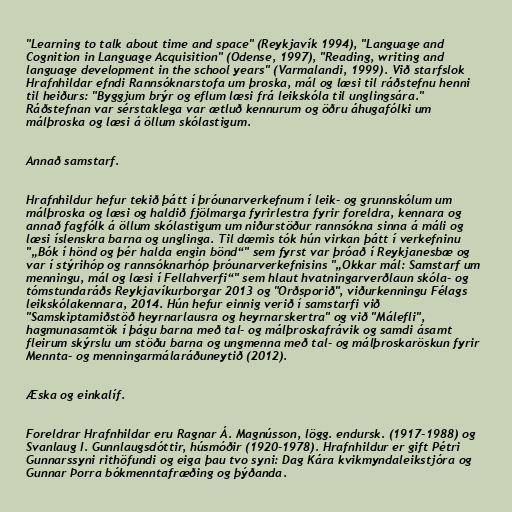
"Learning to talk about time and space" (Reykjavík 1994), "Language and
Cognition in Language Acquisition" (Odense, 1997), "Reading, writing and
language development in the school years" (Varmalandi, 1999). Við starfslok
Hrafnhildar efndi Rannsóknarstofa um þroska, mál og læsi til ráðstefnu henni
til heiðurs: "Byggjum brýr og eflum læsi frá leikskóla til unglingsára."
Ráðstefnan var sérstaklega var ætluð kennurum og öðru áhugafólki um
málþroska og læsi á öllum skólastigum.

Annað samstarf.

Hrafnhildur hefur tekið þátt í þróunarverkefnum í leik- og grunnskólum um
málþroska og læsi og haldið fjölmarga fyrirlestra fyrir foreldra, kennara og
annað fagfólk á öllum skólastigum um niðurstöður rannsókna sinna á máli og
læsi íslenskra barna og unglinga. Til dæmis tók hún virkan þátt í verkefninu
"„Bók í hönd og þér halda engin bönd“" sem fyrst var þróað í Reykjanesbæ og
var í stýrihóp og rannsóknarhóp þróunarverkefnisins "„Okkar mál: Samstarf um
menningu, mál og læsi í Fellahverfi“" sem hlaut hvatningarverðlaun skóla- og
tómstundaráðs Reykjavíkurborgar 2013 og "Orðsporið", viðurkenningu Félags
leikskólakennara, 2014. Hún hefur einnig verið í samstarfi við
"Samskiptamiðstöð heyrnarlausra og heyrnarskertra" og við "Málefli",
hagmunasamtök í þágu barna með tal- og málþroskafrávik og samdi ásamt
fleirum skýrslu um stöðu barna og ungmenna með tal- og málþroskaröskun fyrir
Mennta- og menningarmálaráðuneytið (2012).

Æska og einkalíf.

Foreldrar Hrafnhildar eru Ragnar Á. Magnússon, lögg. endursk. (1917-1988) og
Svanlaug I. Gunnlaugsdóttir, húsmóðir (1920-1978). Hrafnhildur er gift Pétri
Gunnarssyni rithöfundi og eiga þau tvo syni: Dag Kára kvikmyndaleikstjóra og
Gunnar Þorra bókmenntafræðing og þýðanda.